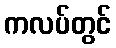
ကလပ်တွင်